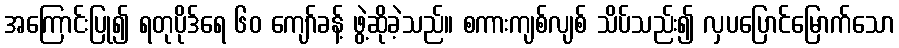
အကြောင်းပြု၍ ရတုပိုဒ်ရေ ၆၀ ကျော်ခန့် ဖွဲ့ဆိုခဲ့သည်။ စကားကျစ်လျစ် သိပ်သည်း၍ လှပပြောင်မြောက်သော